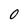
Character: 0